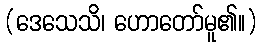
(ဒေသေသိ၊ ဟောတော်မူ၏။)